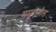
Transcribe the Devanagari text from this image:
समु्द्रातील